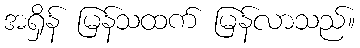
အရှိန် မြန်သထက် မြန်လာသည်။